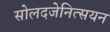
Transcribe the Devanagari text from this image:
सोलदजेनित्सयन